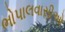
ભોપાલવાસીઓ